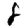
Digit: 8